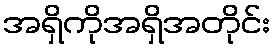
အရှိကိုအရှိအတိုင်း